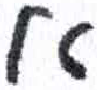
אות: א